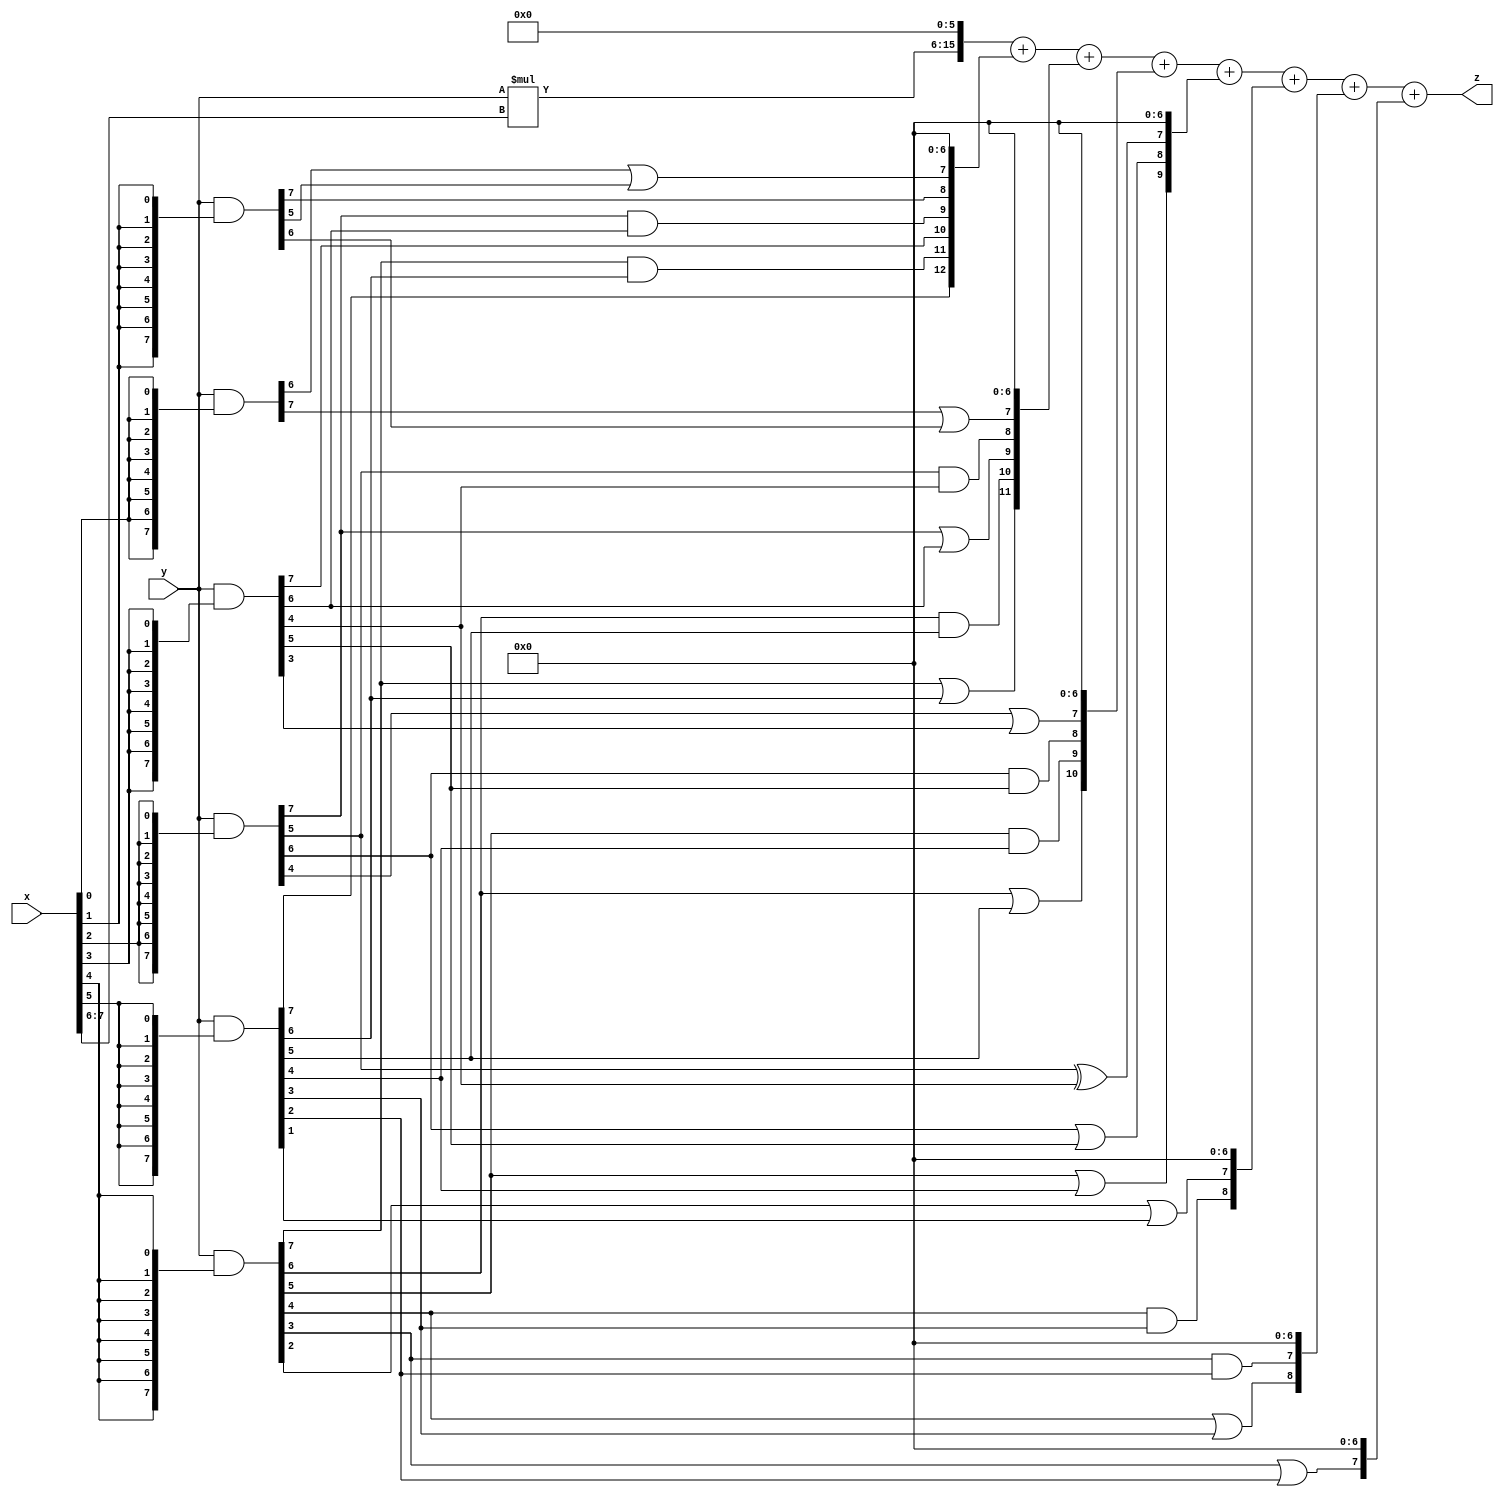
// terms: 23
// fval:  46662.25

module unsigned_8x8_l6_lamb1800_4 (
	input [7:0] x,
	input [7:0] y,
	output [15:0] z
);

wire [9:0] tmp_z = y*x[7:6];

wire [7:0] part1 =  y & {8{x[0]}};
wire [7:0] part2 =  y & {8{x[1]}};
wire [7:0] part3 =  y & {8{x[2]}};
wire [7:0] part4 =  y & {8{x[3]}};
wire [7:0] part5 =  y & {8{x[4]}};
wire [7:0] part6 =  y & {8{x[5]}};

wire [12:0] new_part1;
assign new_part1[0] = 0;
assign new_part1[1] = 0;
assign new_part1[2] = 0;
assign new_part1[3] = 0;
assign new_part1[4] = 0;
assign new_part1[5] = 0;
assign new_part1[6] = 0;
assign new_part1[7] = part1[6] | part2[5];
assign new_part1[8] = part2[7];
assign new_part1[9] = part3[7] & part4[6];
assign new_part1[10] = part4[7];
assign new_part1[11] = part5[7] & part6[6];
assign new_part1[12] = part6[7];

wire [11:0] new_part2;
assign new_part2[0] = 0;
assign new_part2[1] = 0;
assign new_part2[2] = 0;
assign new_part2[3] = 0;
assign new_part2[4] = 0;
assign new_part2[5] = 0;
assign new_part2[6] = 0;
assign new_part2[7] = part1[7] | part2[6];
assign new_part2[8] = part3[5] & part4[4];
assign new_part2[9] = part3[7] | part4[6];
assign new_part2[10] = part5[6] & part6[5];
assign new_part2[11] = part5[7] | part6[6];

wire [10:0] new_part3;
assign new_part3[0] = 0;
assign new_part3[1] = 0;
assign new_part3[2] = 0;
assign new_part3[3] = 0;
assign new_part3[4] = 0;
assign new_part3[5] = 0;
assign new_part3[6] = 0;
assign new_part3[7] = part3[4] | part4[3];
assign new_part3[8] = part3[6] & part4[5];
assign new_part3[9] = part5[5] & part6[4];
assign new_part3[10] = part5[6] | part6[5];

wire [9:0] new_part4;
assign new_part4[0] = 0;
assign new_part4[1] = 0;
assign new_part4[2] = 0;
assign new_part4[3] = 0;
assign new_part4[4] = 0;
assign new_part4[5] = 0;
assign new_part4[6] = 0;
assign new_part4[7] = part3[5] ^ part4[4];
assign new_part4[8] = part3[6] | part4[5];
assign new_part4[9] = part5[5] | part6[4];

wire [8:0] new_part5;
assign new_part5[0] = 0;
assign new_part5[1] = 0;
assign new_part5[2] = 0;
assign new_part5[3] = 0;
assign new_part5[4] = 0;
assign new_part5[5] = 0;
assign new_part5[6] = 0;
assign new_part5[7] = part5[2] | part6[1];
assign new_part5[8] = part5[4] & part6[3];

wire [8:0] new_part6;
assign new_part6[0] = 0;
assign new_part6[1] = 0;
assign new_part6[2] = 0;
assign new_part6[3] = 0;
assign new_part6[4] = 0;
assign new_part6[5] = 0;
assign new_part6[6] = 0;
assign new_part6[7] = part5[3] & part6[2];
assign new_part6[8] = part5[4] | part6[3];

wire [7:0] new_part7;
assign new_part7[0] = 0;
assign new_part7[1] = 0;
assign new_part7[2] = 0;
assign new_part7[3] = 0;
assign new_part7[4] = 0;
assign new_part7[5] = 0;
assign new_part7[6] = 0;
assign new_part7[7] = part5[3] | part6[2];

assign z = {tmp_z, 6'd 0} + new_part1 + new_part2 + new_part3 + new_part4 + new_part5 + new_part6 + new_part7;
endmodule